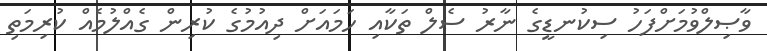
ވާޞިލްވުމަށްފަހު ސިކުނޑީގެ ނާރު ސެލް ތަކާއި ހަމައަށް ދިއުމުގެ ކުރިން ގެއްލުމެއް ކުރިމަތި